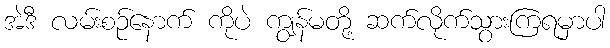
အဲဒီ လမ်းစဉ်နောက် ကိုပဲ ကျွန်မတို့ ဆက်လိုက်သွားကြရမှာပါ